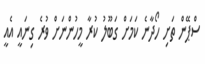
ސްޕޭން ތަށި ހޯދާނެ ކަމަށް ގަބޫލު ކުރާ މީހުންނަށް ވުރެ ގިނައީ އެއީ